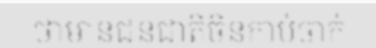
ថាមានជនជាតិចិនកាប់ចាក់